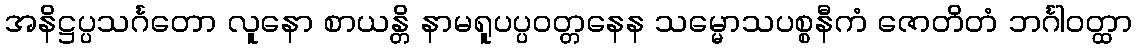
အနိဋ္ဌပ္ပသင်္ဂတော လူနော စာယန္တိ နာမရူပပ္ပဝတ္တနေန သမ္မောသပစ္စနီကံ ဇောတိတံ ဘင်္ဂါဝတ္ထာ